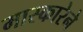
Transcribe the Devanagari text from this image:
मास्कारेने